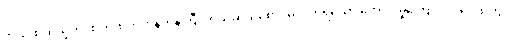
ကယ်ထိုက်သူကို ထိုက်ထိုက်တန်တန်ကြီး ကယ်ဆယ်စောင်မလိုက်ရသော ကောင်းမှုကြောင့်လဲ ရင်ထဲတွင်